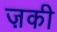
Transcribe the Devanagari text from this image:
ज़की